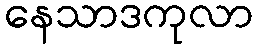
နေသာဒကုလာ